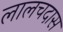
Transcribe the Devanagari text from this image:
लालचदास